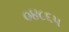
૦૪૮૬૫